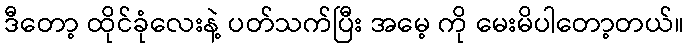
ဒီတော့ ထိုင်ခုံလေးနဲ့ ပတ်သက်ပြီး အမေ့ ကို မေးမိပါတော့တယ်။